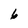
Character: 6